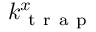
k _ { \mathrm { ~ t ~ r ~ a ~ p ~ } } ^ { x }